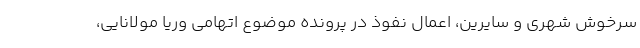
سرخوش شهری و سایرین، اعمال نفوذ در پرونده موضوع اتهامی وریا مولانایی،